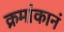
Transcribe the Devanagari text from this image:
क्रमांकानं